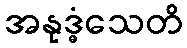
အနုဒ္ဓံသေတိ